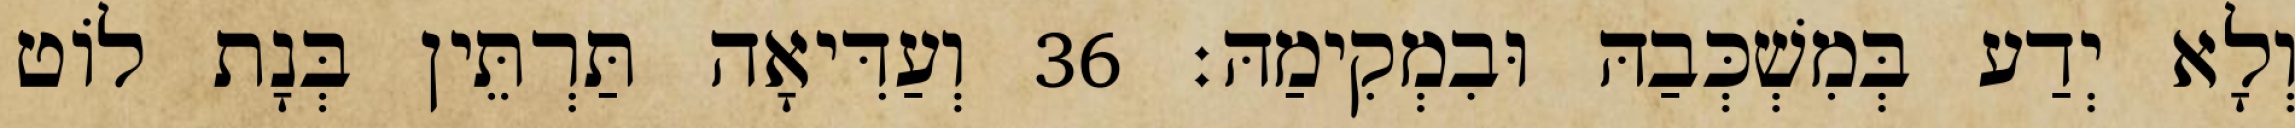
וְלָא יְדַע בְּמִשְׁכְּבַהּ וּבִמְקִימַהּ׃ 36 וְעַדִּיאָה תַּרְתֵּין בְּנָת לוֹט